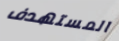
المستهدف